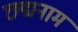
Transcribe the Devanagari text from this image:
छ्द्मनाम